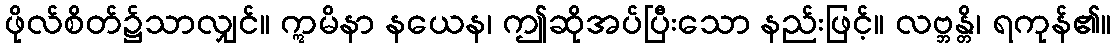
ဖိုလ်စိတ်၌သာလျှင်။ ဣမိနာ နယေန၊ ဤဆိုအပ်ပြီးသော နည်းဖြင့်။ လဗ္ဘန္တိ၊ ရကုန်၏။